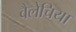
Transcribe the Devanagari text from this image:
वैलेचिया